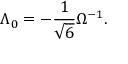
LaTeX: \Lambda _ { 0 } = - \frac { 1 } { \sqrt { 6 } } \Omega ^ { - 1 } .